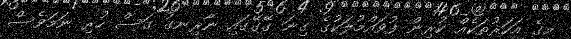
މީގެ އަހަރުތަކެއް ކުރިން ފުވައްމުލަކުގެ ގިނަ ގޭގޭގައި ނާރިނގު ގަސް ހުރި ނަމަވެސް